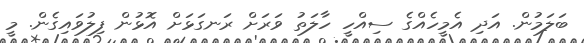
ބަލަމުން. އަދި އެމީހެއްގެ ސިއްހީ ހާލަތު ވަރަށް ރަނގަޅަށް އޮޅުން ފިލުވައިގެން. މީ